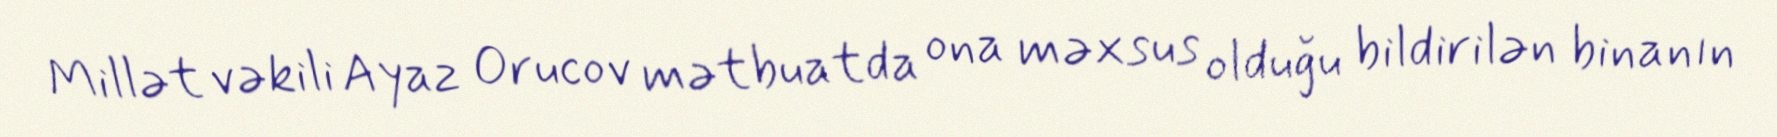
Millət vəkili Ayaz Orucov mətbuatda ona məxsus olduğu bildirilən binanın